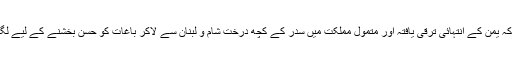
عین ممکن ہے کہ یمن کے انتہائی ترقی یافتہ اور متمول مملکت میں سدر کے کچھ درخت شام و لبنان سے لاکر باغات کو حسن بخشنے کے لیے لگائے گئے ہوں ۔